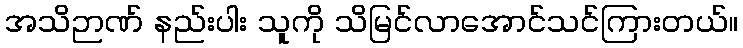
အသိဉာဏ် နည်းပါး သူကို သိမြင်လာအောင်သင်ကြားတယ်။